Sketch of the medical history of the native army of Bombay, for the year
Year: 1870
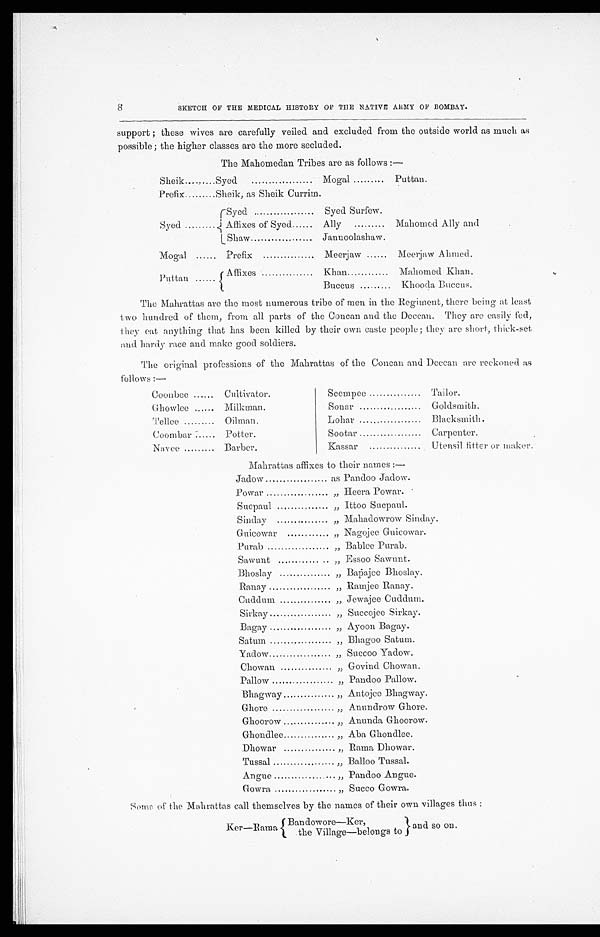
8
SKETCH OF THE MEDICAL HISTORY OF THE NATIVE ARMY OF BOMBAY.
support; these wives are carefully veiled and excluded from the outside world as much as
possible; the higher classes are the more secluded.
The Mahomedan Tribes are as follows:—
Sheik
Syed
Moga
l
Puttan.
Prefix
Sheik, as Sheik Currim.
Syed
Syed
Syed Surfew.
Mahomed Ally and
Affixes of Syed
Ally
Shaw
Jannoolashaw.
Mogal
Prefix
Meerjaw
Meerjaw Ahmed.
Puttan
Affixes
Khan
Mahomed Khan.
Buccus
Khooda Buccs.
The Mahrattas are the most numerous tribe of men in the Regiment, there being at least
two hundred of them, from all parts of the Concan and the Deccan. They are easily fed,
they eat anything that has been killed by their own caste people; they are short, thick-set
and hardy race and make good soldiers.
The original professions of the Mahrattas of the Concan and Deccan are reckoned as
follows:—
Coonbee
Cultivator.
Seempee
Tailor.
Ghowlee
Milkman.
Sonar
Goldsmith.
Tellee
Oilman.
Lollar
Blacksmith.
Coombar
Potter.
Sootar
Carpenter.
Navee
Barber.
Kassar
Utensil fitter or maker.
Mabrattas affixes to their names:—
Jadow
as Pandoo Jadow.
Powar
" Heera Powar.
Sucpaul
" Ittoo Sucpaul.
Sinday
" Mahadowrow Sinday
Guicowar
" Nagojee Guicowar.
Purab
" Bablee Purab.
Sawunt
" Essoo Sawunt.
Bhoslay
" Bapajee Bhoslay.
Ranay
" Ramjee Ranay.
Cuddum
" Jewajee Cuddum.
Sirkay
" Succojee Sirkay.
Bagay
" Ayoon Bagay.
Satum
" Bhagoo Satum.
Yadow
" Succoo Yadow.
Chowan
" Govind Chowan.
Pallow
" Pandoo Pallow.
Bhagway
" Antojee Bhagway.
Ghore
" Anundrow Ghore.
Ghoorow
" Anunda Ghoorow.
Ghondlee
" Aba Ghondlee.
Dhowar
" Rama Dhowar.
Tussal
" Balloo Tussal.
Angue
" Pandoo Angue.
Gowra
" Succo Gowra.
Some of the Mahrattas call themselves by the names of their own villages thus:
Ker—Rama
Bandowore—Ker,
he Village—belongs to
and so on.